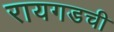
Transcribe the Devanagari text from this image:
रायगडची